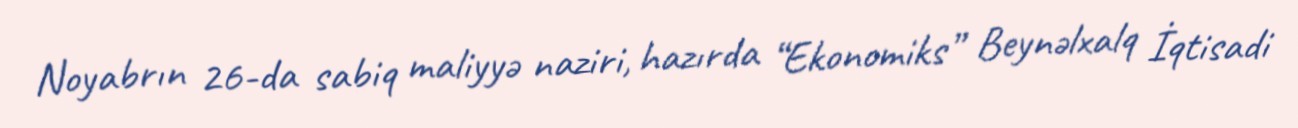
Noyabrın 26-da sabiq maliyyə naziri, hazırda “Ekonomiks” Beynəlxalq İqtisadi